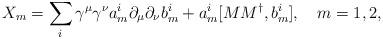
LaTeX: \begin{align*}X_m = \sum _i \gamma ^\mu \gamma ^\nu a_m ^i \partial _\mu \partial _\nu b_m ^i+ a_m ^i [M M^{\dag } ,b_m ^i ] ,\,\,\,\,\,\, m=1,2,\end{align*}